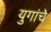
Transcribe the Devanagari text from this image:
युगांचे